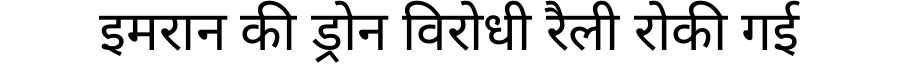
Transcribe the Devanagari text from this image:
इमरान की ड्रोन विरोधी रैली रोकी गई